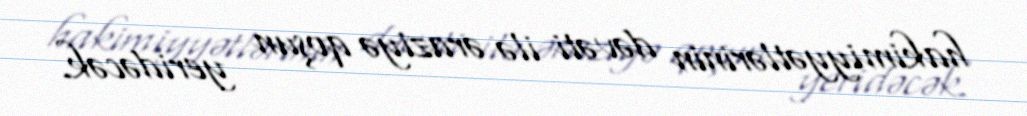
hakimiyyətlərinin dəvəti ilə əraziyə qoşun yeridəcək.